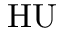
\mathrm { H U }